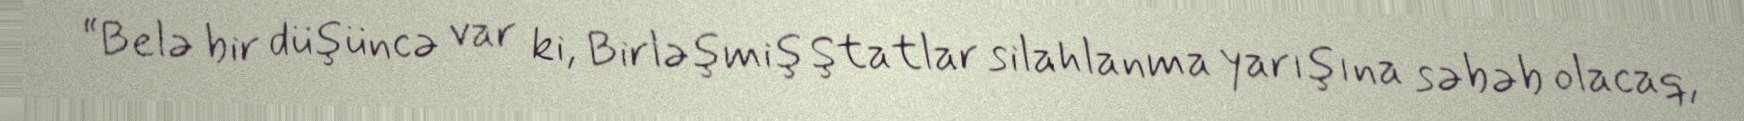
“Belə bir düşüncə var ki, Birləşmiş Ştatlar silahlanma yarışına səbəb olacaq,